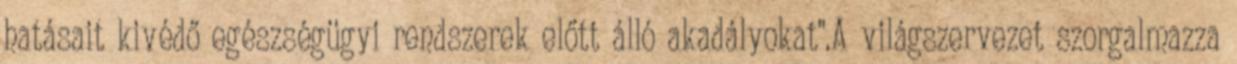
hatásait kivédő egészségügyi rendszerek előtt álló akadályokat".A világszervezet szorgalmazza